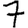
Digit: 7